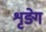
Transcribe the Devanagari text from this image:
शृङ्गे